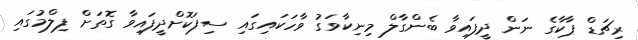
ރިޗަޑް ޕާކާގެ ނަން ދީފައިވާ ބެންގާލް މިނިކާވަގު ވާހަކައިގައި ސިފަކޮށްދީފައިވާ ގޮތަށް ފިލްމުގައި